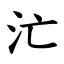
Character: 汒